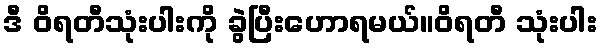
ဒီ ဝိရတီသုံးပါးကို ခွဲပြီးဟောရမယ်။ဝိရတီ သုံးပါး